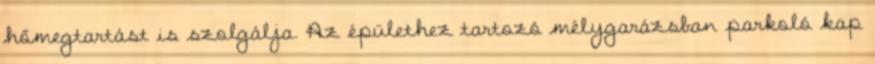
hőmegtartást is szolgálja. Az épülethez tartozó mélygarázsban parkoló kap